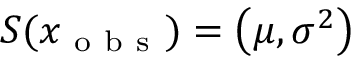
S ( x _ { \mathrm { ~ o ~ b ~ s ~ } } ) = \left( \mu , \sigma ^ { 2 } \right)